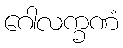
ဂေါလက္ခဏံ